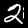
Digit: 2